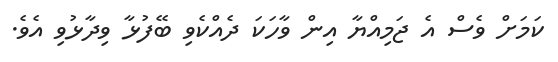
ކަމަށް ވެސް އެ ޖަމިއްޔާ އިން ވާހަކަ ދެއްކެވި ބޭފުޅާ ވިދާޅުވި އެވެ.